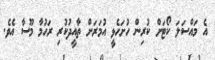
އެ މައްސަލަ ކޯޓަށް ކުރިން ހުށަހެޅީ އުމަރަށް ތާއީދުކުރި ރަހުމާ މޫސާ އެވެ.